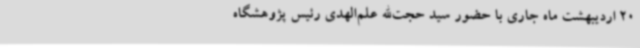
20 اردیبهشت ماه جاری با حضور سید حجت‌الله علم‌الهدی رئیس پژوهشگاه